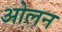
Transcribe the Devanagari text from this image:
ओलन